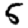
Digit: 5